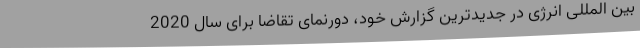
بین المللی انرژی در جدیدترین گزارش خود، دورنمای تقاضا برای سال 2020